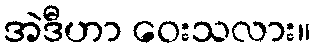
အဲဒီဟာ ဝေးသလား။